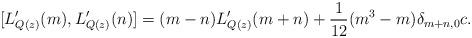
LaTeX: \begin{align*}[L'_{Q(z)}(m), L'_{Q(z)}(n)]=(m-n)L'_{Q(z)}(m+n)+{\displaystyle\frac{1}{12}}(m^{3}-m)\delta_{m+n,0}c.\end{align*}